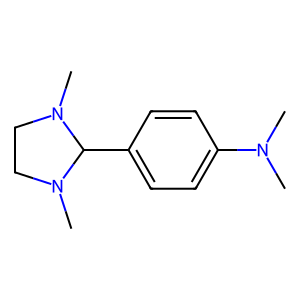
SMILES: CN(C)c1ccc(C2N(C)CCN2C)cc1
Inhibits HIV replication: No